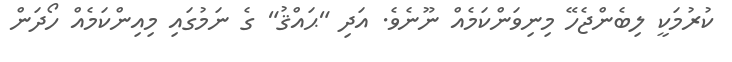
ކުރުމަކީ ލިބެންޖެހޭ މިނިވަންކަމެއް ނޫނެވެ. އަދި "ޙައްޤު" ގެ ނަމުގައި މިއިންކަމެއް ހޯދަން